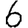
Digit: 6